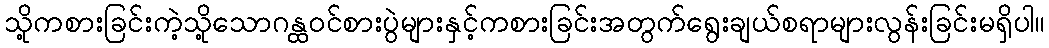
သို့ကစားခြင်းကဲ့သို့သောဂန္ထဝင်စားပွဲများနှင့်ကစားခြင်းအတွက်ရွေးချယ်စရာများလွန်းခြင်းမရှိပါ။